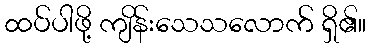
ထပ်ပါဖို့ ကျိန်းသေသလောက် ရှိ၏။